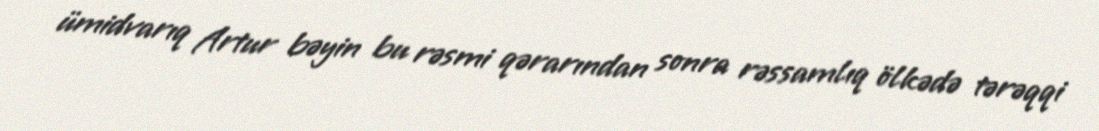
ümidvarıq Artur bəyin bu rəsmi qərarından sonra rəssamlıq ölkədə tərəqqi